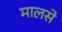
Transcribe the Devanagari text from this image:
मालसे